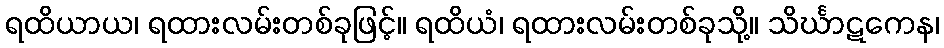
ရထိယာယ၊ ရထားလမ်းတစ်ခုဖြင့်။ ရထိယံ၊ ရထားလမ်းတစ်ခုသို့။ သိင်္ဃာဋကေန၊